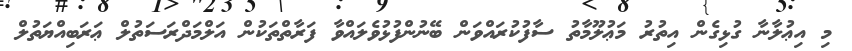
މި އިޢުލާނާ ގުޅިގެން އިތުރު މަޢުލޫމާތު ސާފުކުރައްވަން ބޭނުންފުޅުވެލައްވާ ފަރާތްތަކުން އަލްމަދްރަސަތުލް ޢަރަބިއްޔަތުލް